Document type: Inventory
Year: 1295
Scribe: Pere Marc
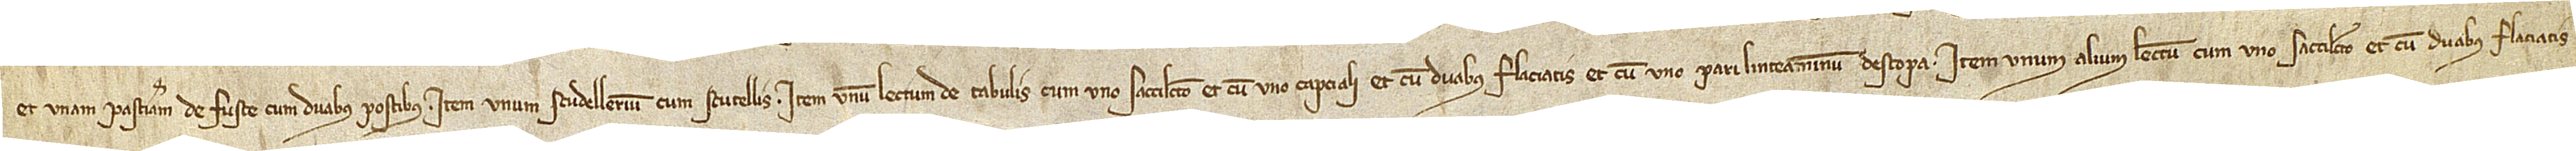
et unam pasteriam de fuste cum duabus postibus; item, unum scudellerium cum scutellis; item, unum lectum de tabulis cum uno saccilecto, et cum uno capciali et cum duabus flaciatis, et cum uno pari linteaminum d’estopa; item, unum alium lectum cum uno saccilecto et cum duabus flaciatis